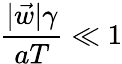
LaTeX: \frac{|\vec{w}|\gamma}{aT}\ll 1